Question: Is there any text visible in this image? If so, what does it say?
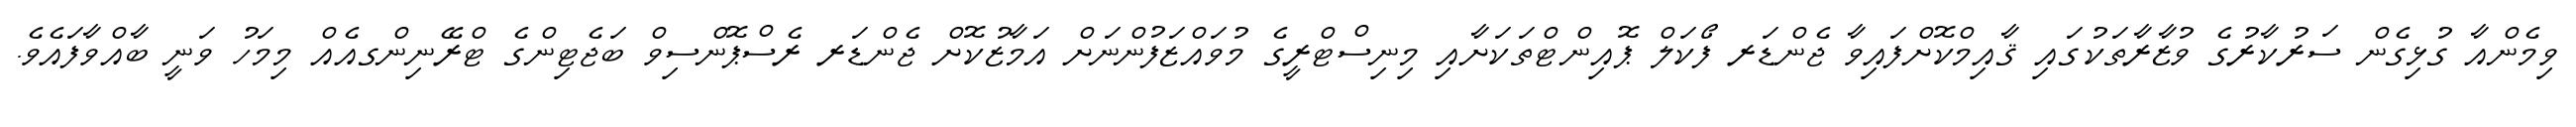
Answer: ވިމެންއާ ގުޅިގެން ސަރުކާރުގެ ވުޒާރާތަކުގައި ޤާއިމްކޮށްފައިވާ ޖެންޑަރ ފޯކަލް ޕޮއިންޓްތަކަށާއި މިނިސްޓްރީގެ މުވައްޒަފުންނަށް އަމާޒުކޮށް ޖެންޑަރ ރެސްޕޮންސިވް ބަޖެޓިންގެ ޓްރޭނިންގއެއް މިމަހު ވަނީ ބާއްވާފައެވެ.